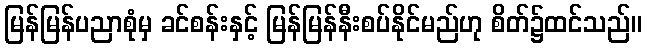
မြန်မြန်ပညာစုံမှ ခင်စန်းနှင့် မြန်မြန်နီးစပ်နိုင်မည်ဟု စိတ်၌ထင်သည်။